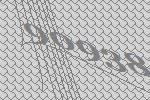
90938